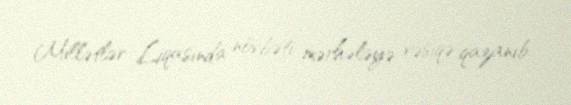
Millətlər Liqasında növbəti mərhələyə vəsiqə qazanıb.